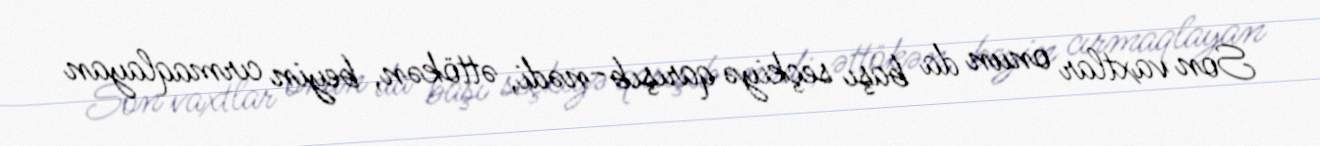
Son vaxtlar onun da başı seçkiyə qarışıb-nədi, əttökən, beyin cırmaqlayan